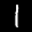
Label: 1